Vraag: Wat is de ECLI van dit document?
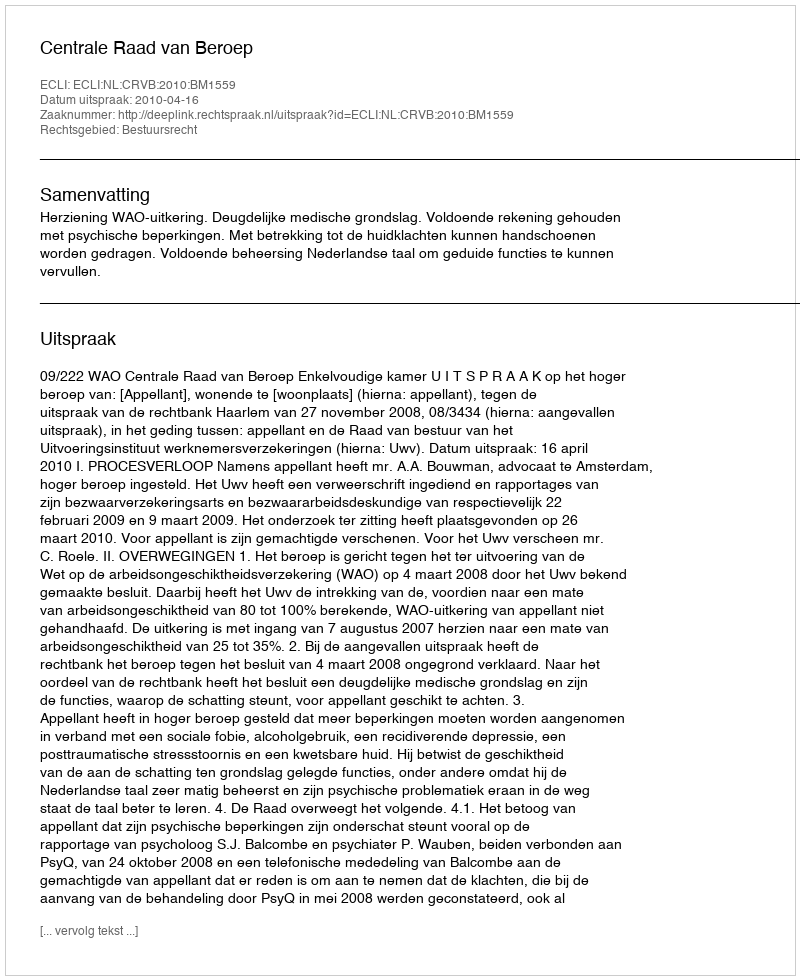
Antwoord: ECLI:NL:CRVB:2010:BM1559